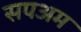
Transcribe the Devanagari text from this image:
सपअम